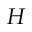
H